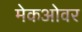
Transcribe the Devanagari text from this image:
मेकओवर